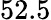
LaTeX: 52.5